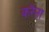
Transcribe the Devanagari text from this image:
करैना